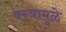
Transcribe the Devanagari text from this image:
वस्त्रामुळे